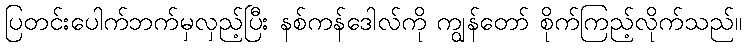
ပြတင်းပေါက်ဘက်မှလှည့်ပြီး နစ်ကန်ဒေါလ်ကို ကျွန်တော် စိုက်ကြည့်လိုက်သည်။